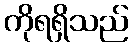
ကိုရရှိသည်